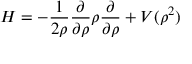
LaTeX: H = - \frac { 1 } { 2 \rho } \frac { \partial } { \partial \rho } \rho \frac { \partial } { \partial \rho } + V ( \rho ^ { 2 } )